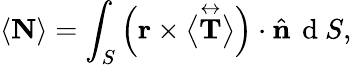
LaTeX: \langle\mathbf{N}\rangle=\int_{S}\Big(\mathbf{r}\times\big\langle\overset\leftrightarrow{\mathbf{T}}\big\rangle\Big)\cdot\hat{\textbf{n}}\, \mathrm{~d~}S,